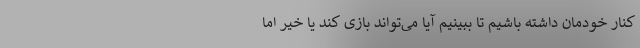
کنار خودمان داشته باشیم تا ببینیم آیا می‌تواند بازی کند یا خیر اما